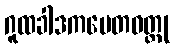
ဂူထခါဒကပေတဝတ္ထု